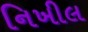
નિખીલ